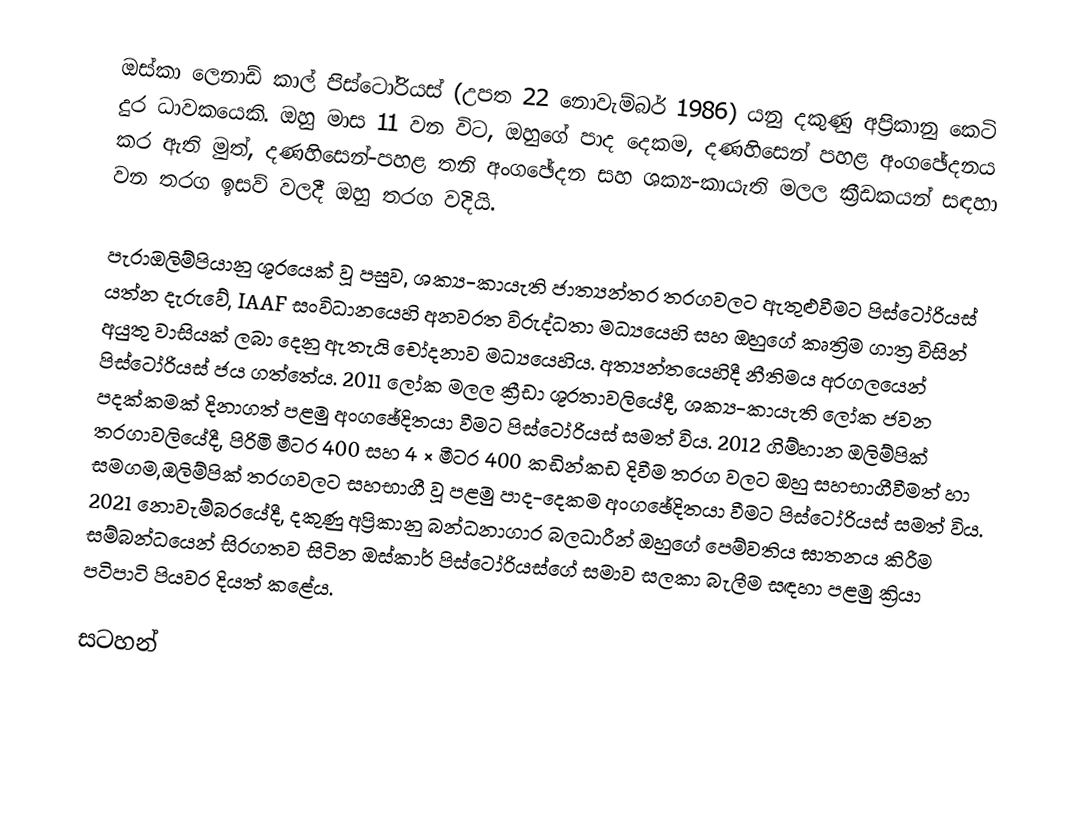
ඔස්කා ලෙනාඩ් කාල් පිස්ටෝරියස් (උපත 22 නොවැම්බර් 1986) යනු  දකුණු අප්‍රිකානු කෙටි දුර ධාවකයෙකි. ඔහු මාස 11 වන විට, ඔහුගේ පාද දෙකම, දණහිසෙන් පහළ අංගඡේදනය කර ඇති මුත්, දණහිසෙන්-පහළ තනි අංගඡේදන සහ ශක්‍ය-කායැති මලල ක්‍රීඩකයන් සඳහා වන තරග ඉසව් වලදී ඔහු තරග වදියි.

පැරාඔලිම්පියානු ශූරයෙක් වූ පසුව, ශක්‍ය-කායැති ජාත්‍යන්තර තරගවලට ඇතුළුවීමට පිස්ටෝරියස් යත්න දැරුවේ, IAAF සංවිධානයෙහි අනවරත විරුද්ධතා මධ්‍යයෙහි සහ ඔහුගේ කෘත්‍රිම ගාත්‍ර විසින් අයුතු වාසියක් ලබා දෙනු ඇතැයි චෝදනාව මධ්‍යයෙහිය.  අත්‍යන්තයෙහිදී නීතිමය අරගලයෙන් පිස්ටෝරියස් ජය ගත්තේය.  2011 ලෝක මලල ක්‍රීඩා ශූරතාවලියේදී, ශක්‍ය-කායැති ලෝක ජවන පදක්කමක් දිනාගත් පළමු අංගඡේදිතයා වීමට පිස්ටෝරියස් සමත් විය. 2012 ගිම්හාන ඔලිම්පික් තරගාවලියේදී, පිරිමි මීටර 400 සහ 4 × මීටර 400 කඩින්කඩ දිවීම තරග වලට ඔහු සහභාගීවීමත් හා සමගම,ඔලිම්පික් තරගවලට සහභාගී වූ පළමු පාද-දෙකම අංගඡේදිතයා වීමට පිස්ටෝරියස් සමත් විය. 2021 නොවැම්බරයේදී, දකුණු අප්‍රිකානු බන්ධනාගාර බලධාරීන් ඔහුගේ පෙම්වතිය ඝාතනය කිරීම සම්බන්ධයෙන් සිරගතව සිටින ඔස්කාර් පිස්ටෝරියස්ගේ සමාව සලකා බැලීම සඳහා පළමු ක්‍රියා පටිපාටි පියවර දියත් කළේය.

සටහන්